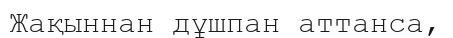
Жақыннан дұшпан аттанса,